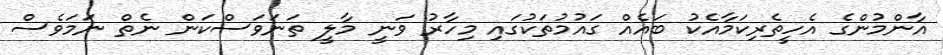
އާންމުންގެ އެހީތެރިކަމާއެކު ބައެއް ގައުމުތަކުގައި މިހާރު ވަނީ މާލީ ތަނަވަސްކަން ނެތް ނަމަވެސް